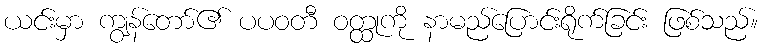
ယင်းမှာ ကျွန်တော်၏ ပပဝတီ ဝတ္ထုကို နာမည်ပြောင်းရိုက်ခြင်း ဖြစ်သည်။